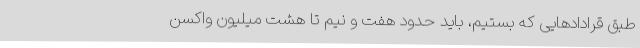
طبق قرادادهایی که بستیم، باید حدود هفت و نیم تا هشت میلیون واکسن